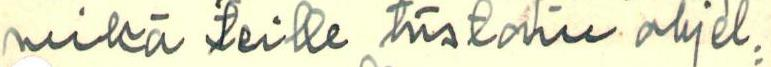
mikä teille tiistain ohjel=